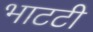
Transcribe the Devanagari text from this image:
भाटटी